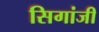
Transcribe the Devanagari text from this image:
सिगांजी